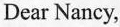
Dear Nancy，